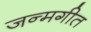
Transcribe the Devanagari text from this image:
जन्मगीत